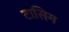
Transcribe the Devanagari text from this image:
टासिग